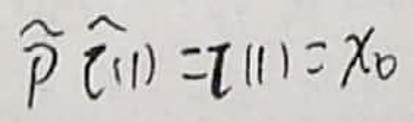
$\overset{p} \hat{t} ( 1 ) = t ( 1 ) = x _ { 0 }$